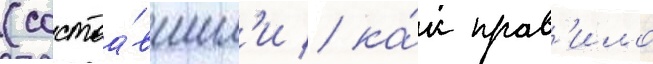
(состоа́вшим'и / ка́к прав'ило